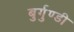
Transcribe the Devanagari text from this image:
बुर्गुण्डी